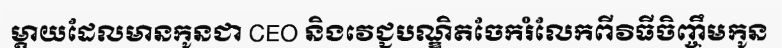
ម្តាយដែលមានកូនជា CEO និងវេជ្ជបណ្ឌិតចែករំលែកពីវិធីចិញ្ចឹមកូន